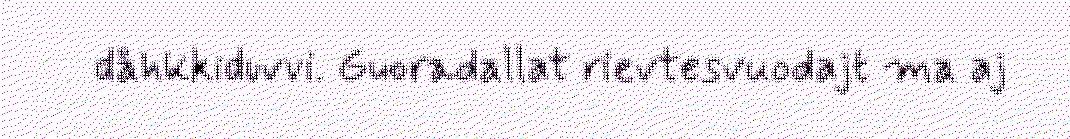
dåhkkiduvvi. Guoradallat rievtesvuodajt ma aj